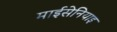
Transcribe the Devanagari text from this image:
माईसेनियाइ